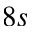
8 s